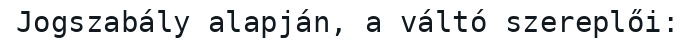
Jogszabály alapján, a váltó szereplői: